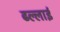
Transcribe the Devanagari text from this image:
ढल्लाई